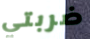
ضربتي